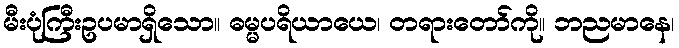
မီးပုံကြီးဥပမာရှိသော။ ဓမ္မပရိယာယေ၊ တရားတော်ကို။ ဘညမာနေ၊